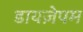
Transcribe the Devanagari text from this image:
डायज़ेपम